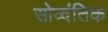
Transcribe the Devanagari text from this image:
सोव्दंतिक